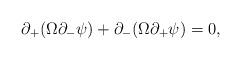
LaTeX: \begin{align*}\partial_+(\Omega \partial_- \psi)+\partial_-(\Omega \partial_+\psi)=0,\end{align*}